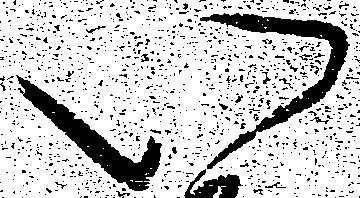
い